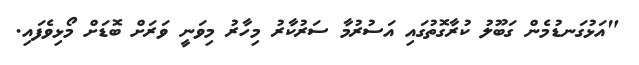
"އަޅުގަނޑުމެން ގަބޫލު ކުރާގޮތުގައި އަސުރުމާ ސަރުކާރު މިހާރު މިވަނީ ވަރަށް ބޮޑަށް މޯޅިވެފައި.